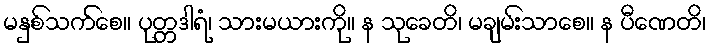
မနှစ်သက်စေ။ ပုတ္တဒါရံ၊ သားမယားကို။ န သုခေတိ၊ မချမ်းသာစေ။ န ပီဏေတိ၊